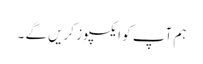
ہم آپ کو ایکسپوز کریں گے ۔